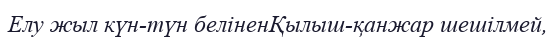
Елу жыл күн-түн беліненҚылыш-қанжар шешілмей,